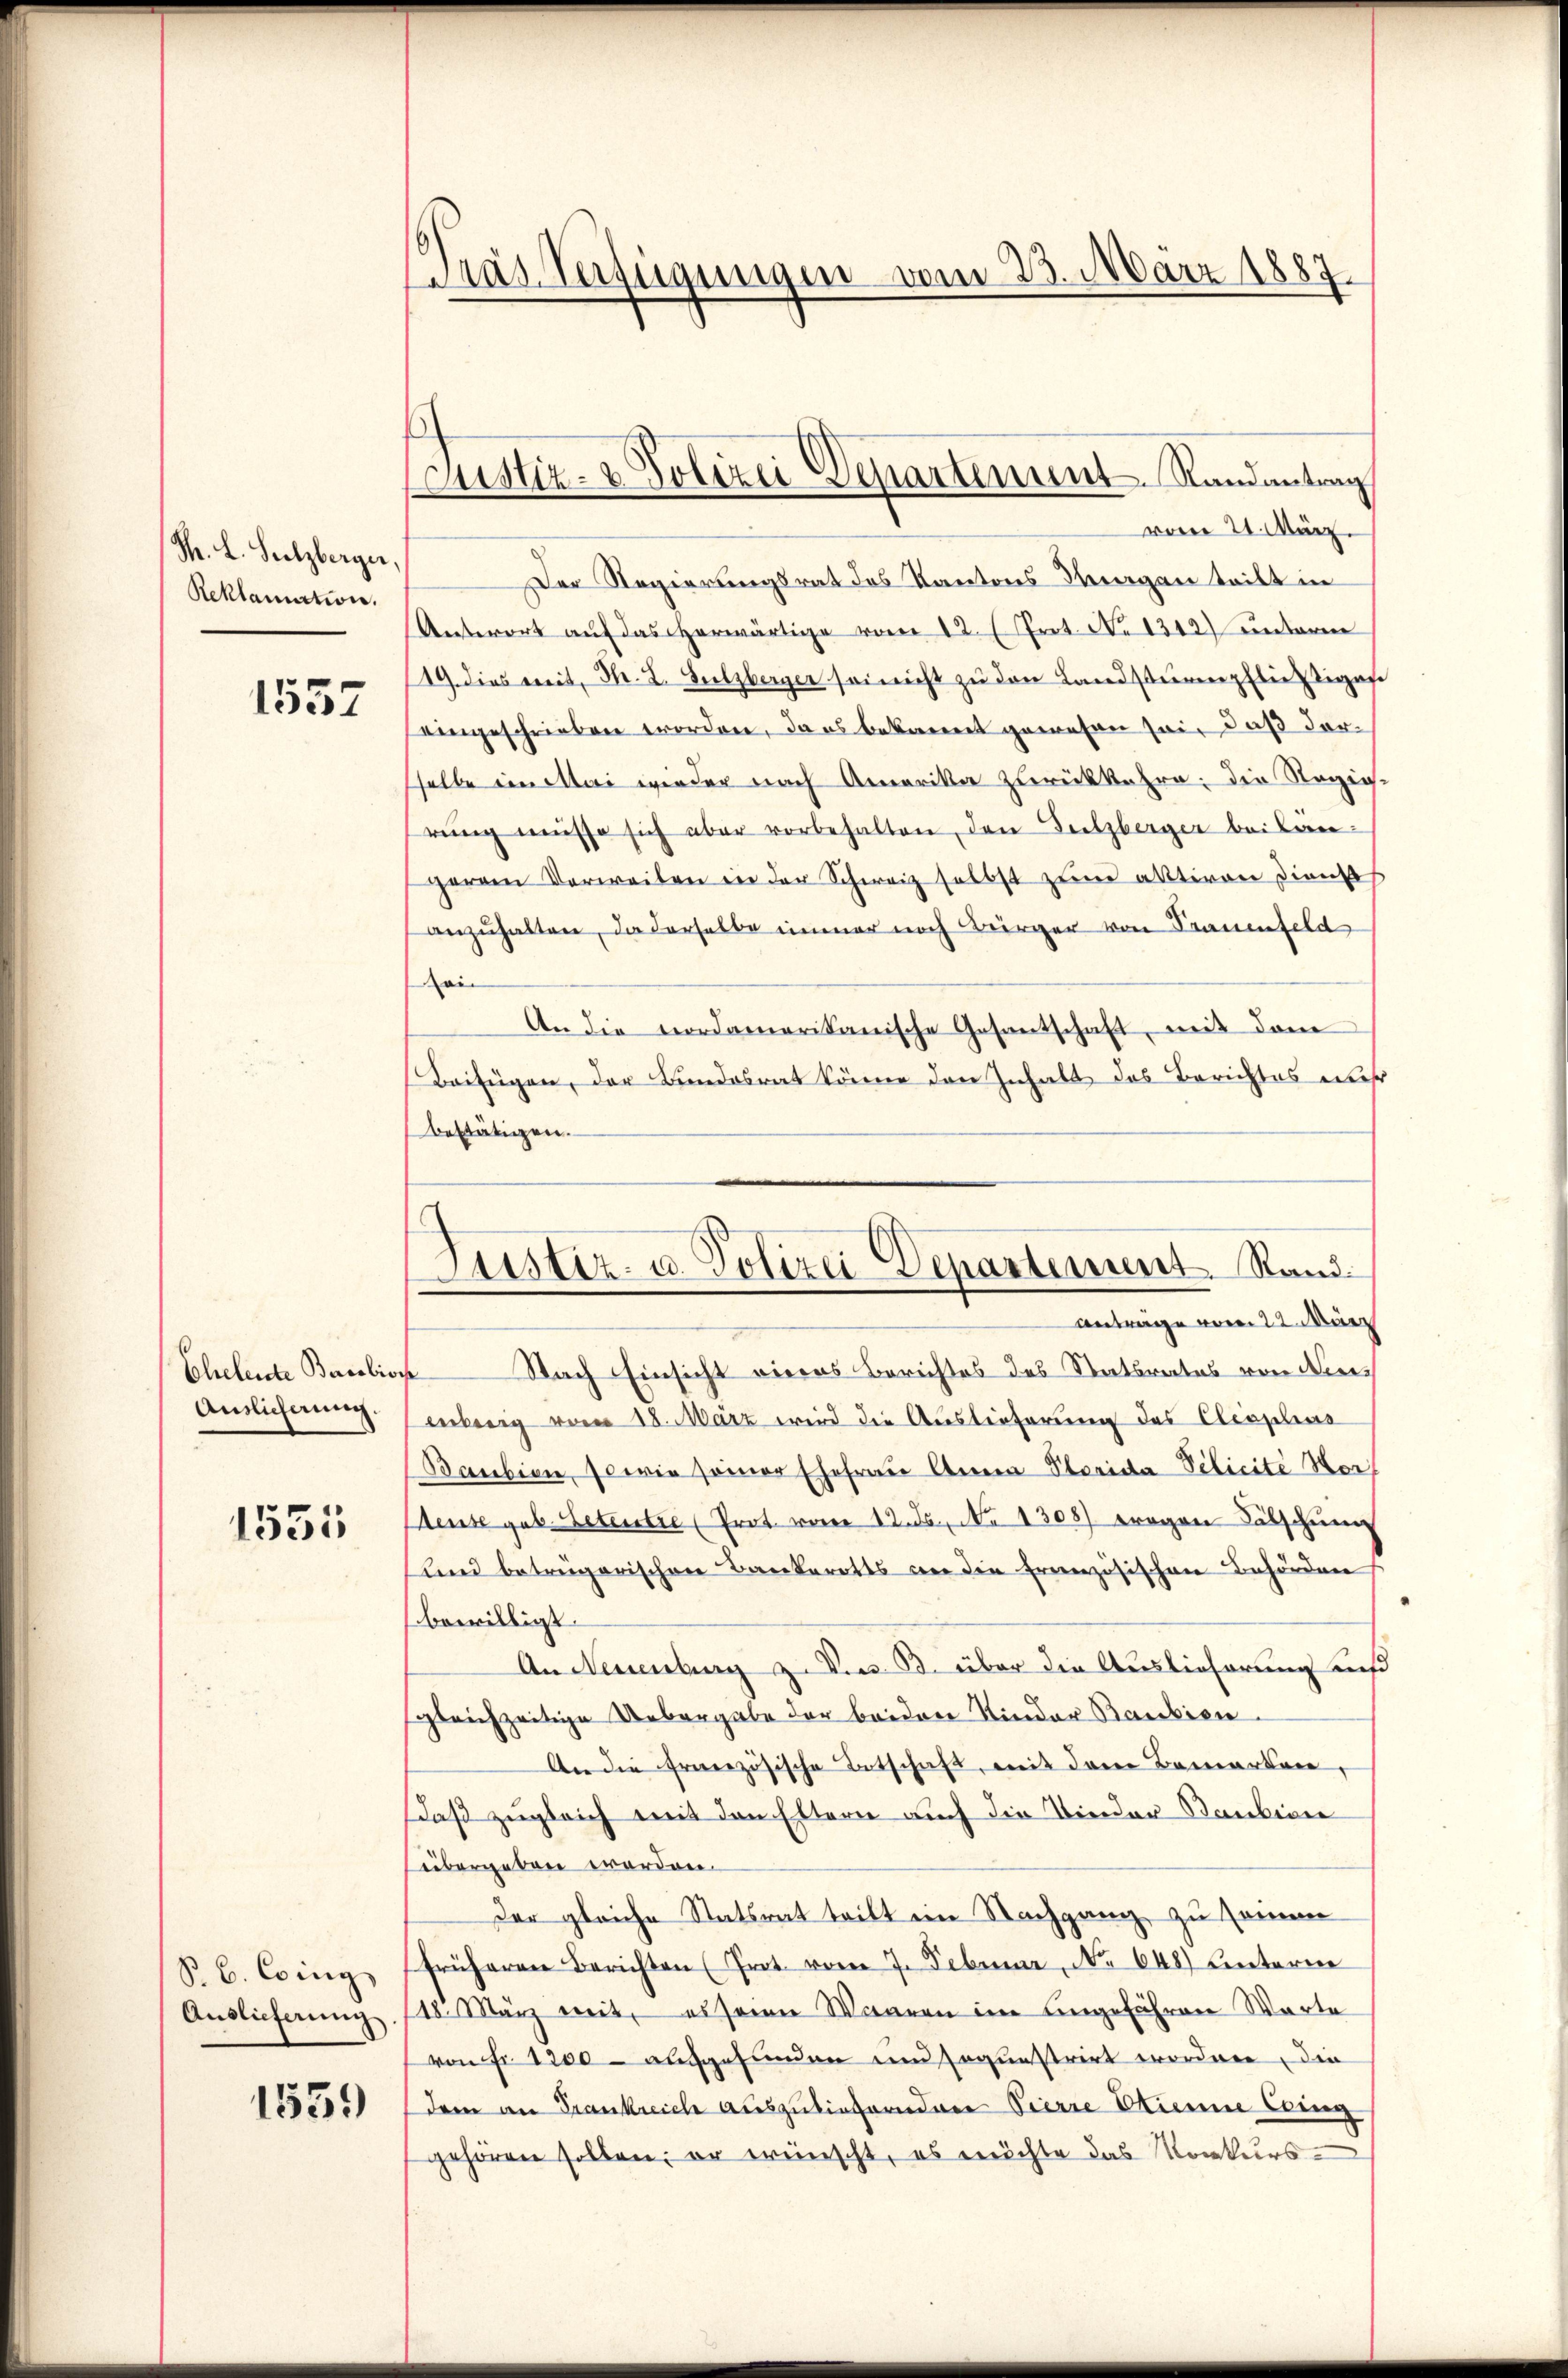
M. L. Sulzberger,
Reklamation.

1557

Eheleute Barolio
Auslicherung.

1535

S. B. Coing
Auslieferung

1559

Präs. Verfügungen vom 23. März 1887

Justiz- & Polizei Departement Randantrag

vom 21. März.
Der Regierungsrat des Kantons-Korgan teilt in
Antwort auf das herwärtige vom 12. (Prot. No 1312) untere
19. dies mit Hr. L. Sulzberger sei nicht zu den Landsturpflichtiges
eingeschrieben worden, da es bekannt gewesen sei, daß derselbe ein Mai wieder nach Amerika zurückkehre; die Stegig-
rŭng müsse sich aber vorbehalten, den Sulzberger beilan-
gerem Verweilen in der Schweiz selbst zum aktiven Dienst
anzŭhalten, da derselbe immer noch Bürger von Trauenfeld
Moi
An die vordamerikanische Gesantschaft, mit dem
Beifügen, der Bundesrat könne den Inhalt das Berichtes mehr
bestätigen.
Antrage vom 22. März
 Nach Einsicht vieres Berichtes des Stattretes von Nieinberig vom 18. März wird die Auslieferung des Cleophras
Baubion, sowie seiner Ehefrau Anna Perida Pilicite Wor
Meuse geb. Petentre (Prot. vom 12. ds. No 1308) wogen Fälschung
und betrügerischen Bankerotts an die Französischen Behörden
bewilligt.
An Neuenburg z. B.w. 33. über die Auslieferung und
sgleichzeitige Uebergabe der beiden Kinder Baubien
An die französische Entschaft, mit dem Bemerken,
Daß zugleich mit den Eltern auch die Wieder Bankion
übergeben worden.
der gleiche Statsrat teilt im Nachgang zu seinen
früheren Berichten (Prot. vom 7. Februar, No 648) Centerne
118. März mit, es seine Waaren im eingefähren Warte
von Fr. 1200 - aufgefunden und sogunstrirt worden, die
dem an Frankreich auszulieferndere Pierre Etienne Eing
gehören sollen; er wünscht, es möchte das Monkurs¬

Justiz- u. Polizei Departement. Rand